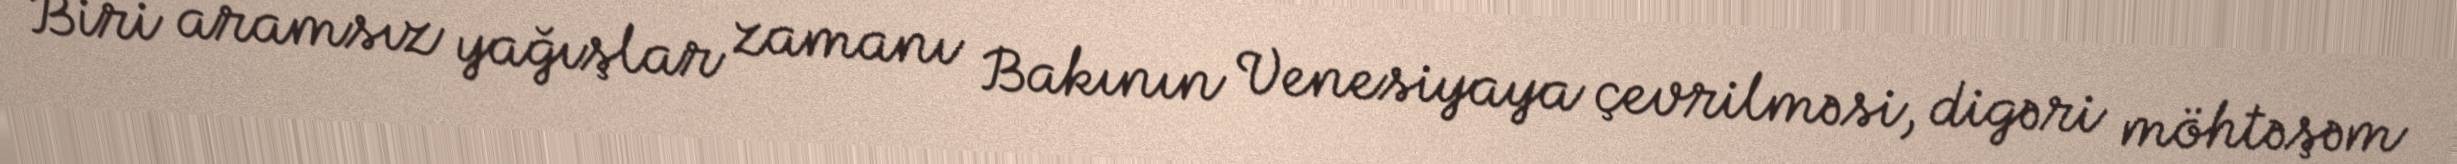
Biri aramsız yağışlar zamanı Bakının Venesiyaya çevrilməsi, digəri möhtəşəm